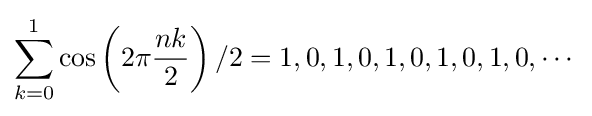
\sum _{k=0}^{1}\cos \left(2\pi {\frac {nk}{2}}\right)/2=1,0,1,0,1,0,1,0,1,0,\cdots